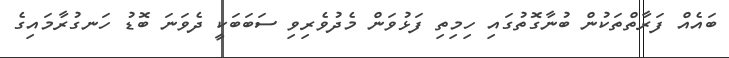
ބައެއް ފަރާތްތަކުން ބުނާގޮތުގައި ހިމިތި ފަޅުވަން މެދުވެރިވި ސަބަބަކީ ދެވަނަ ބޮޑު ހަނގުރާމައިގެ